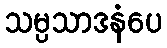
သမ္ပသာဒနံပေ